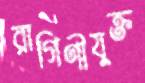
রাগিণীযুক্ত